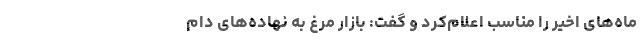
ماه‌های اخیر را مناسب اعلام‌کرد و گفت: بازار مرغ به نهاده‌های دام